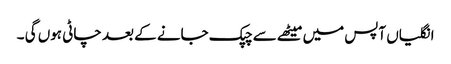
انگلیاں آپس میں میٹھے سے چپک جانے کے بعد چاٹی ہوں گی ۔